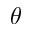
\theta